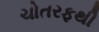
ચોતરફથી